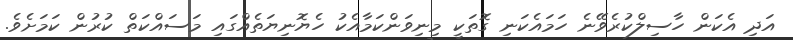
އަދި އެކަން ހާސިލްކުރެވޭނެ ހަމައެކަނި ގޮތަކީ މިނިވަންކަމާއެކު ހެޔޮނިޔަތެއްގައި މަސައްކަތް ކުރުން ކަމަށެވެ.